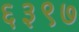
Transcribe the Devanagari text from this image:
६३९७